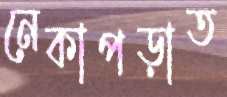
নেকাপড়াত